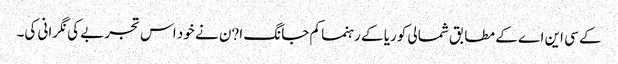
کے سی این اے کے مطابق شمالی کوریا کے رہنما کم جانگ ا?ن نے خود اس تجربے کی نگرانی کی۔